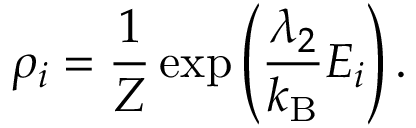
\rho _ { i } = { \frac { 1 } { Z } } \exp \left( { \frac { \lambda _ { 2 } } { k _ { \mathrm { B } } } } E _ { i } \right) .